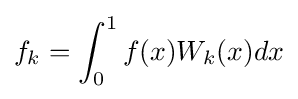
f_{k}=\int _{0}^{1}f(x)W_{k}(x)dx